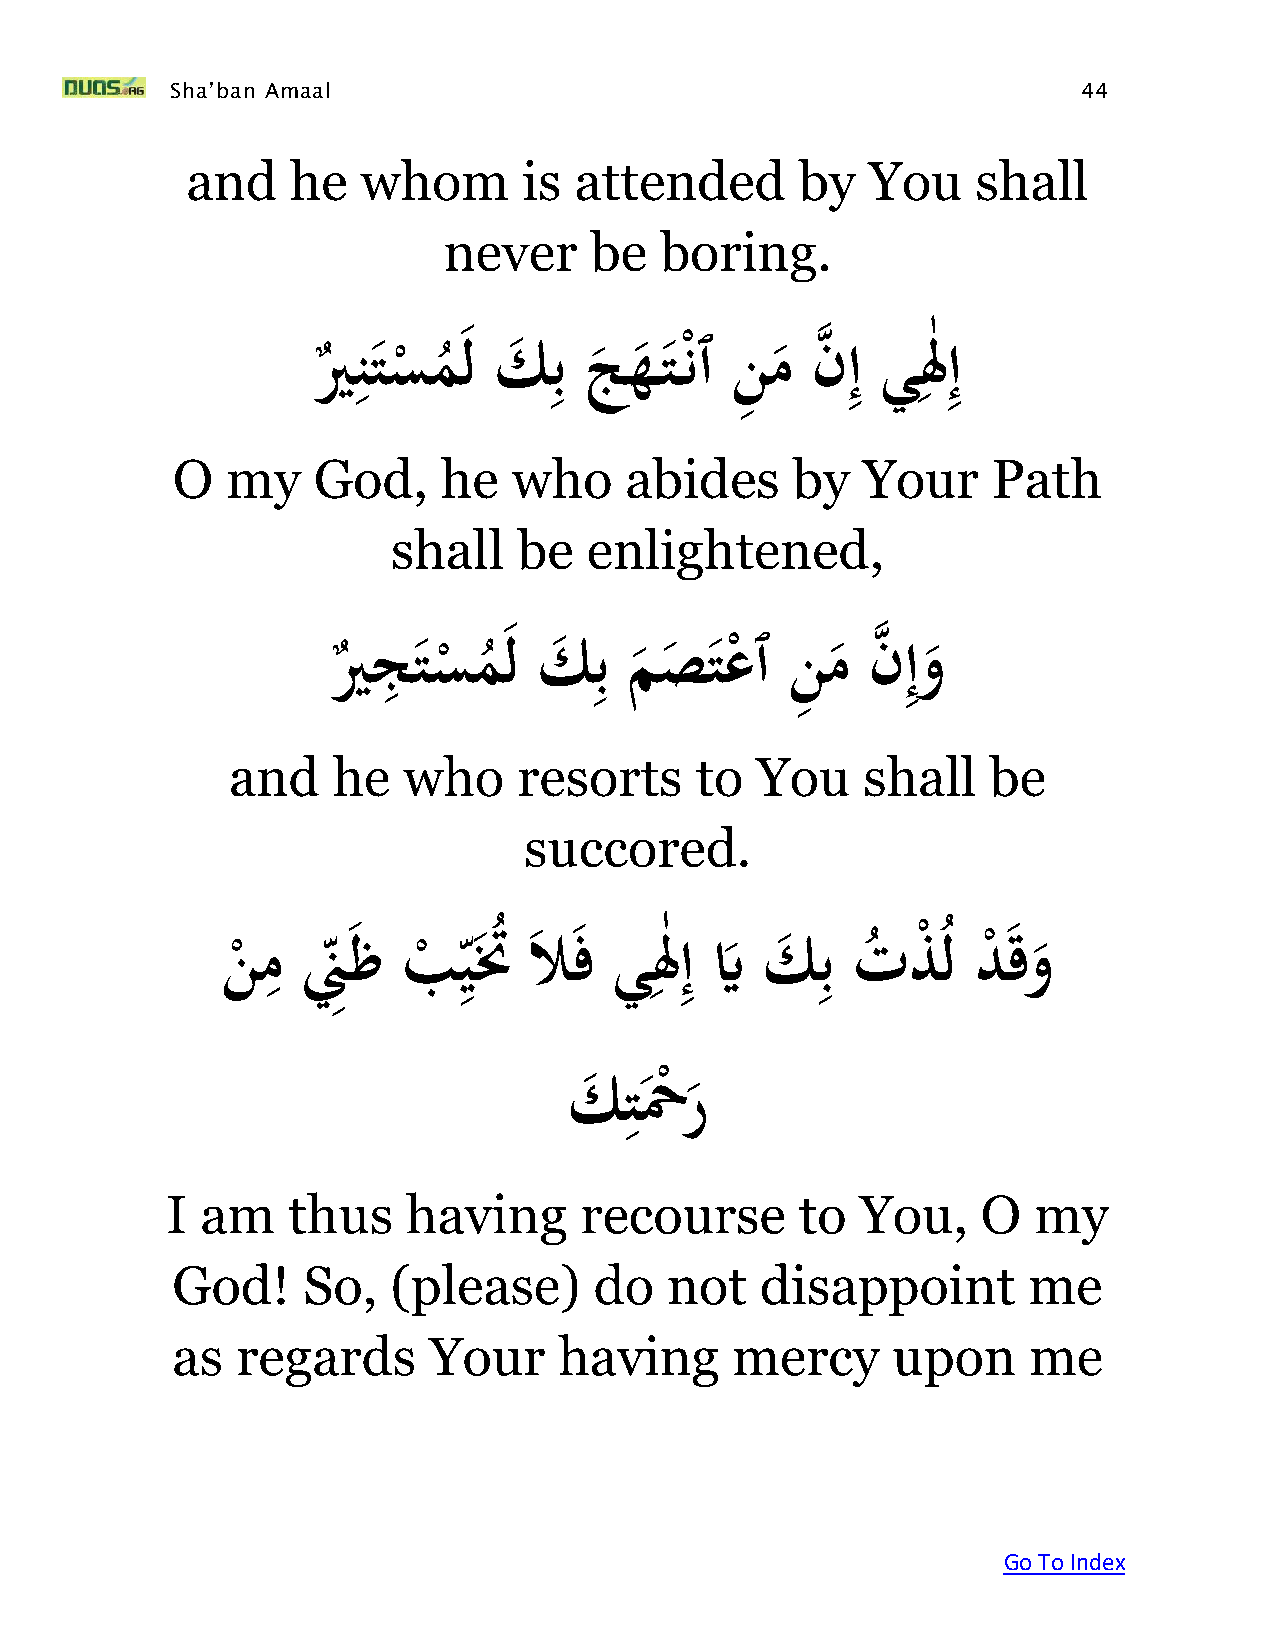
Sha’ban Amaal                                                44
 and    he   whom       is attended       by   You    shall
 never     be   boring.
 يرَ ِ نتسم لَكِ بَجه   ت نٱَنِ مَنه ِ إَيِ لَٰ ِ إ
 ْ  ُ
 ْ
 O   my    God,    he   who    abides     by   Your     Path
 shall   be   enlightened,
 َيرجِ تسم  لَكِ  بَمصتعٱَنِ      مَنه ِ إو
 ْ  ُ
 ْ
 and    he   who    resorts     to  You    shall    be
 succored.
 ِ            ِ            ِٰ ِ       ِ
 ََن
 ْ
 مَنِ ِ ظَب
 ْ
 ي تَُُ لا فَيلَإَيَّ َك بَت
 ُ
 ذْ ُلَد
 ْ
 قو
 ِ
 َكتحْر
 ْ
 I am    thus    having     recourse       to  You,    O  my
 God!     So,   (please)     do   not   disappoint        me
 as   regards     Your     having     mercy      upon     me
 Go To Index